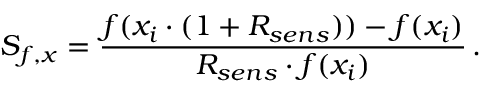
S _ { f , x } = \frac { f ( x _ { i } \cdot ( 1 + R _ { s e n s } ) ) - f ( x _ { i } ) } { R _ { s e n s } \cdot f ( x _ { i } ) } \, .